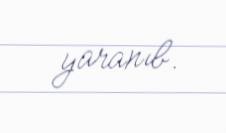
yaranıb.